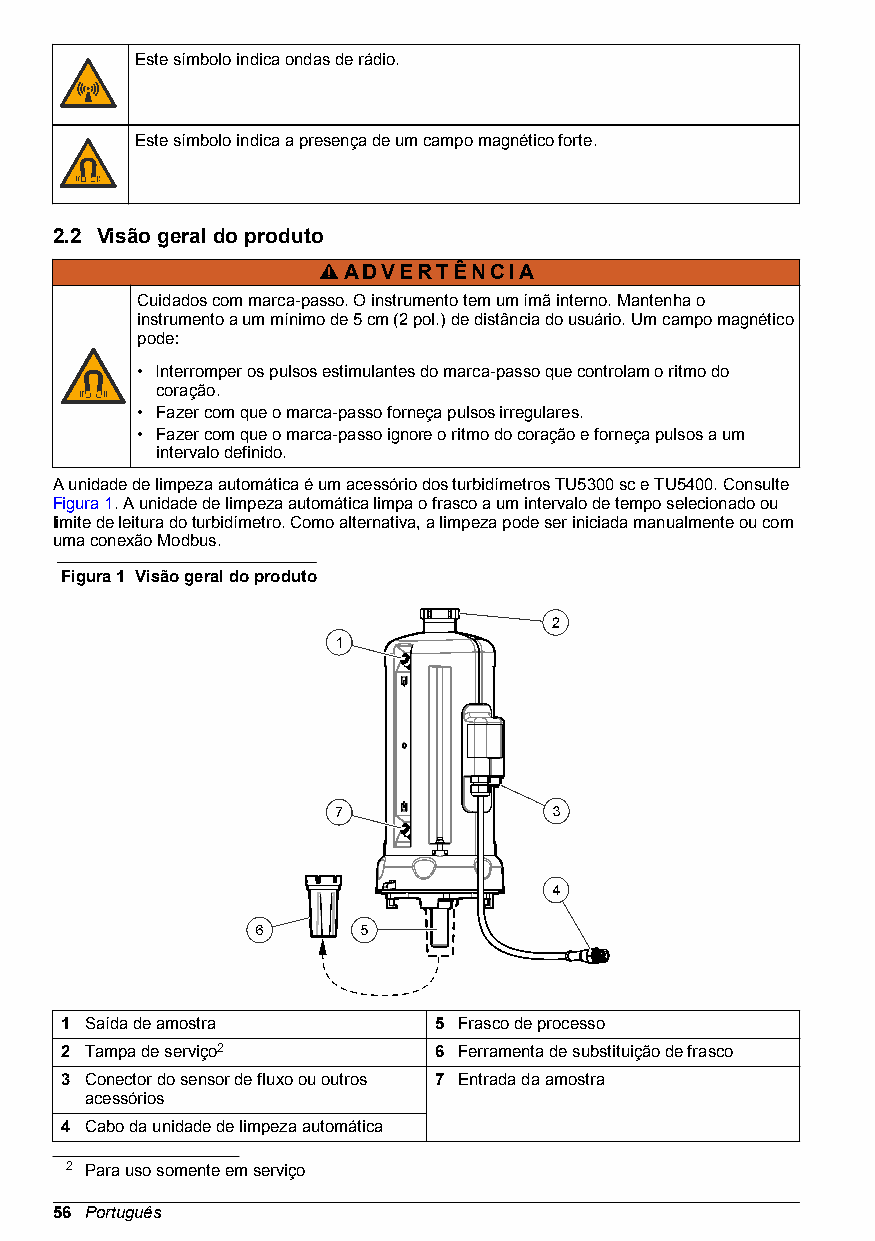
Este símbolo indica ondas de rádio.
 Este símbolo indica a presença de um campo magnético forte.
 2.2 Visão geral do produto
 ADVERTÊNCIA
 Cuidados com marca-passo. O instrumento tem um ímã interno. Mantenha o
 instrumento a um mínimo de 5 cm (2 pol.) de distância do usuário. Um campo magnético
 pode:
 • Interromper os pulsos estimulantes do marca-passo que controlam o ritmo do
 coração.
 • Fazer com que o marca-passo forneça pulsos irregulares.
 • Fazer com que o marca-passo ignore o ritmo do coração e forneça pulsos a um
 intervalo definido.
 A unidade de limpeza automática é um acessório dos turbidímetros TU5300 sc e TU5400. Consulte
 Figura 1. A unidade de limpeza automática limpa o frasco a um intervalo de tempo selecionado ou
 limite de leitura do turbidímetro. Como alternativa, a limpeza pode ser iniciada manualmente ou com
 uma conexão Modbus.
 Figura 1 Visão geral do produto
 1 Saída de amostra       5 Frasco de processo
 2 Tampa de serviço2      6 Ferramenta de substituição de frasco
 3 Conector do sensor de fluxo ou outros 7 Entrada da amostra
 acessórios
 4 Cabo da unidade de limpeza automática
 2 Para uso somente em serviço
 56 Português